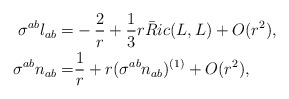
\begin{align*}\sigma^{ab} l_{ab} =& - \frac{2}{r} +\frac{ 1}{3} r \bar Ric(L,L) +O(r^2), \\\sigma^{ab} n_{ab} =& \frac{1}{r} + r(\sigma^{ab} n_{ab})^{(1)}+O(r^2),\end{align*}